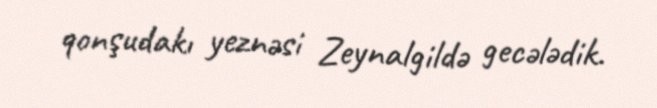
qonşudakı yeznəsi Zeynalgildə gecələdik.